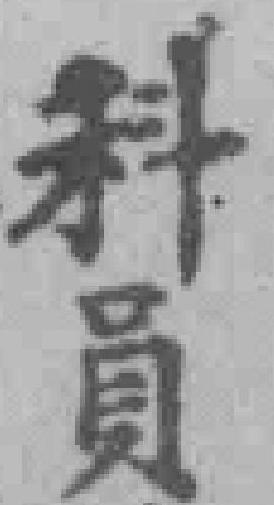
科員